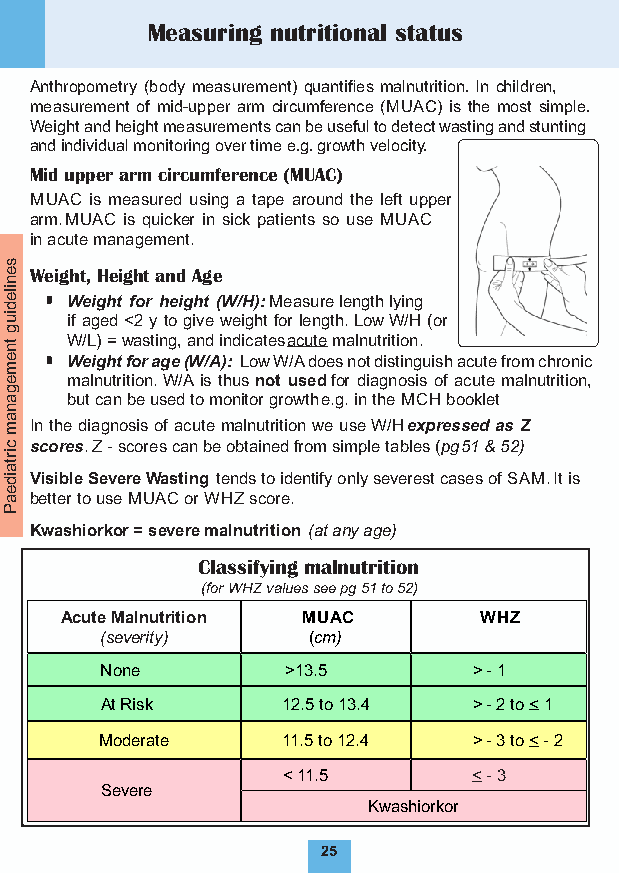
Measuring nutritional status
 Anthropometry (body measurement) quantifies malnutrition.In children,
 measurement of mid-upper arm circumference (MUAC) is the most simple.
 Weight and height measurements can be useful to detect wasting and stunting
 and individual monitoring over time e.g. growth velocity.
 Mid upper arm circumference (MUAC)
 MUAC is measured using a tape around the left upper
 arm.MUAC is quicker in sick patients so use MUAC
 in acute management.
 s
 e Weight, Height and Age
 n
 ile
 Weight for height (W/H) : Measurelength lying
 d
 iu  if aged <2 y to give weight for length. Low W/H (or
 g
 tn  W/L) = wasting, and indicates acute malnutrition.
 e   Weight for age (W/A): Low W/A does not distinguish acute from chronic
 m
 e   malnutrition. W/A is thus not used for diagnosis of acute malnutrition,
 g
 a   but can be used to monitor growth e.g. in the MCH booklet
 n
 a
 m In the diagnosis of acute malnutrition we use W/H expressed as Z
 c scores. Z - scores can be obtained from simple tables (pg 51 & 52)
 irta
 id Visible Severe Wasting tends to identify only severest cases of SAM. It is
 e
 a better to use MUAC or WHZ score.
 P
 Kwashiorkor = severe malnutrition (at any age)
 Classifying malnutrition
 (for WHZ values see pg 51 to 52)
 Acute Malnutrition MUAC     WHZ
 (severity)   (cm)
 None        >13.5       > - 1
 At Risk     12.5 to 13.4 > - 2 to < 1
 Moderate    11.5 to 12.4 > - 3 to < - 2
 < 11.5      < - 3
 Severe
 Kwashiorkor
 25